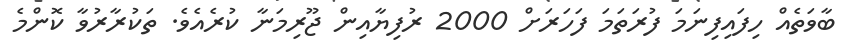
ބާވަތެއް ހިފައިފިނަމަ ފުރަތަމަ ފަހަރަށް 2000 ރުފިޔާއިން ޖޫރިމަނާ ކުރެއެވެ. ތަކުރާރުވާ ކޮންމެ